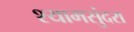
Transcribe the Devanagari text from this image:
श्यामसुंदरा